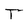
Character: T